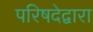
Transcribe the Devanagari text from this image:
परिषदेद्वारा